Civil Veterinary Department. Madras. Admin. report 1910-25 - 1910-1925
Year: 1910
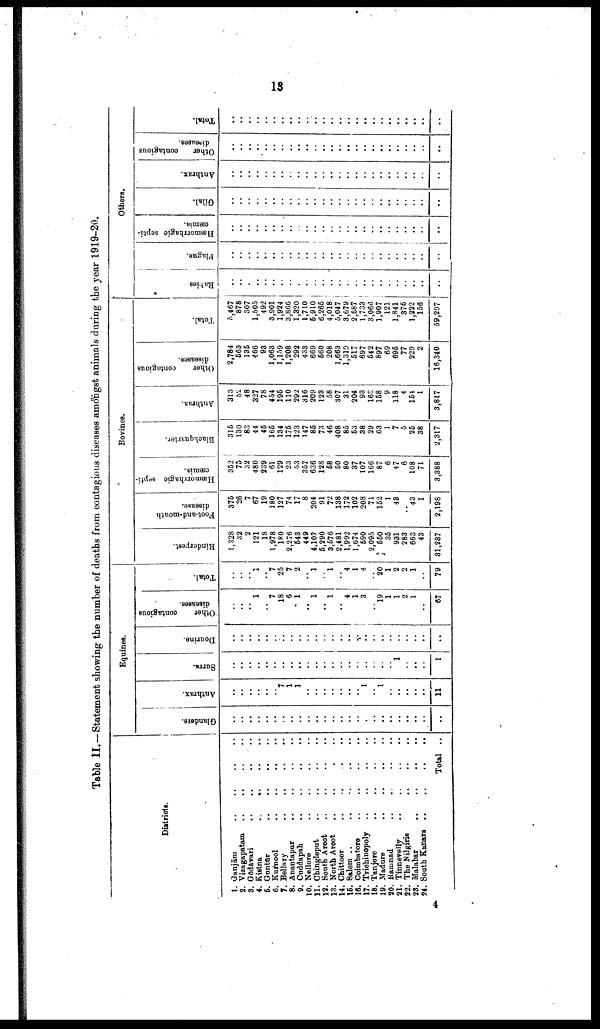
13
Table II.—Statement showing the number of deaths from contagious diseases amongst animals during the year 1919-20.
Districts.
1. Ganjām .. .. .. ..
2. Vizagapatam .. .. .. ..
3. Godavari
..
..
..
..
4.
Kistna .. .. .. ..
5. Guntūr .. .. .. ..
6. Karnool .. .. .. ..
7. Bellary
..
..
..
..
8. Anantapar .. .. .. ..
9. Cuddapah
..
..
..
..
10. Nellore .. .. .. ..
11. Chingleput
..
..
..
..
12. Sooth Arcot
..
..
..
..
13. North Arcot .. .. .. ..
14. Chittoor .. .. .. ..
15. Salem .. .. .. .. ..
16. Coimbatore .. .. .. ..
17. Trichinopoly
..
..
..
..
18. Tanjore
..
..
..
..
19. Madura .. .. .. ..
20. Ramnad .. .. .. ..
21. Tinnevelly
..
..
..
..
22. The
Nilgiris
..
..
..
23. Malabar
..
..
..
..
24. South Kanara ..
..
..
..
Total ..
Glanders.
..
..
..
..
..
..
..
..
..
..
..
..
..
..
..
..
..
..
..
..
..
..
..
..
..
Anthrax.
..
..
..
..
..
..
7
1
1
..
..
..
..
..
..
..
1
..
1
..
..
..
..
..
11
Equines.
Surra.
..
..
..
..
..
..
..
..
..
..
..
..
..
..
..
..
..
..
..
..
1
..
..
..
1
Dourine.
..
..
..
..
..
..
..
..
..
..
..
..
..
..
..
..
..
..
..
..
..
..
..
..
..
Other
contagious
diseases.
..
..
.. 1
.. 7
18
6
1
.. 1
.. 1
.. 4
1
3
.. 19
1
1
2
1
..
67
Total.
..
..
.. 1
..
7
25
7
2
..
1
..
1
..
4
1
4
..
20
1
2
2
1
..
79
Rinderpest.
1,328
32
2
121
18
1,978
180
2,276
543
449
4,107
5,290
3,576
2,481
1,992
1,674
590
2,095
550
35
931
283
663
43
31,237
Foot-and-mouth
disease.
375
26
7
67
19
180
127
74
17
8
204
91
72
138
172
102
208
71
152
1
43
.. 43
1
2,198
Hæmorrhagic septi
cæmia.
352
75
32
480
239
61
129
23
53
357
636
128
58
50
80
37
107
166
87
6
47
6
108
71
3,388
Bovines.
Blackquarter.
315
130
83
44
45
165
134
175
123
147
85
73
46
408
85
53
38
29
63
1
7
5
25
38
2,317
Anthrax.
313
52
48
327
78
454
195
110
292
316
209
123
58
307
31
204
93
16S
158
9
118
4
154
1
3,817
Other
contagious
diseases.
2,784
563
135
466
93
1,063
1,159
1,208
292
433
669
560
208
1,663
1,319
517
697
542
897
69
695
77
229
2
16,340
Total.
5,467
878
307
1,505
492
3,901
1,924
3,866
1,320
1,710
5,910
6,265
4,018
5,047
3,679
2,587
1,733
3,066
1,907
121
1,841
375
1,222
156
59,297
Rabies
..
..
..
..
..
..
.. ..
..
..
..
..
..
..
..
..
..
..
..
..
..
..
..
..
..
Plague.
..
..
..
..
..
..
..
..
..
..
..
..
..
..
..
..
..
..
..
..
..
..
..
..
..
Hæmorrhagic septi
cæmia.
..
..
..
..
..
..
..
..
..
..
..
..
..
..
..
..
..
..
..
..
..
..
..
..
..
Others.
Gilal.
..
..
..
..
..
..
..
..
..
..
..
..
..
..
..
..
..
..
..
..
..
..
..
..
..
Anthrax.
..
..
..
..
..
..
..
..
..
..
....
..
..
..
..
..
..
..
..
..
..
..
..
..
..
Other
contagious
diseases.
..
..
..
..
..
..
..
..
..
..
..
..
..
..
..
..
..
..
..
..
..
..
..
..
..
Total.
..
..
..
..
..
..
..
..
..
..
..
..
..
..
..
..
..
..
..
..
..
..
..
..
..
4